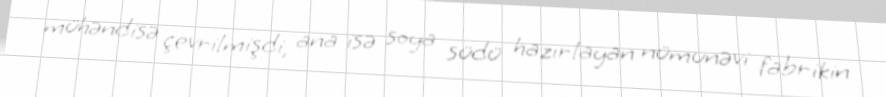
mühəndisə çevrilmişdi, ana isə soya südü hazırlayan nümunəvi fabrikin